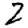
Digit: 2